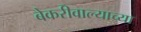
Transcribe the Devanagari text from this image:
बेकरीवाल्याच्या